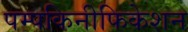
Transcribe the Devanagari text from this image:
पम्पकिनीफिकेशन